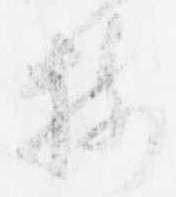
樹